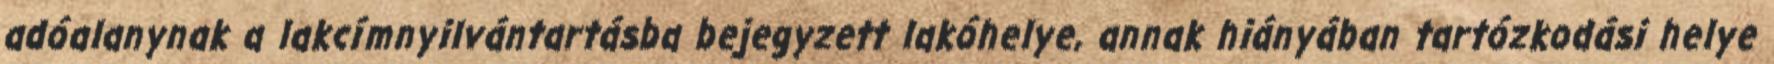
adóalanynak a lakcímnyilvántartásba bejegyzett lakóhelye, annak hiányában tartózkodási helye